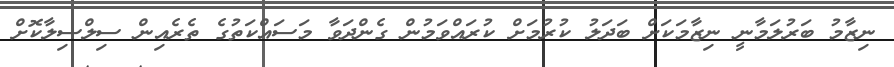
ނިޒާމު ބަރުލަމާނީ ނިޒާމަކަށް ބަދަލު ކުރުމަށް ކުރައްވަމުން ގެންދަވާ މަސައްކަތުގެ ތެރެއިން ސިލްސިލާކޮށް